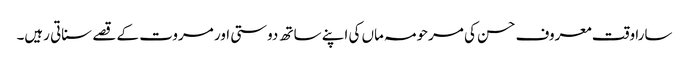
سارا وقت معروف حسن کی مرحومہ ماں کی اپنے ساتھ دوستی اور مروت کے قصے سناتی رہیں۔